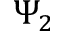
\Psi _ { 2 }